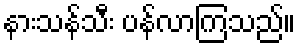
နားသန်သီး ပန်လာကြသည်။